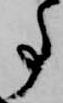
事